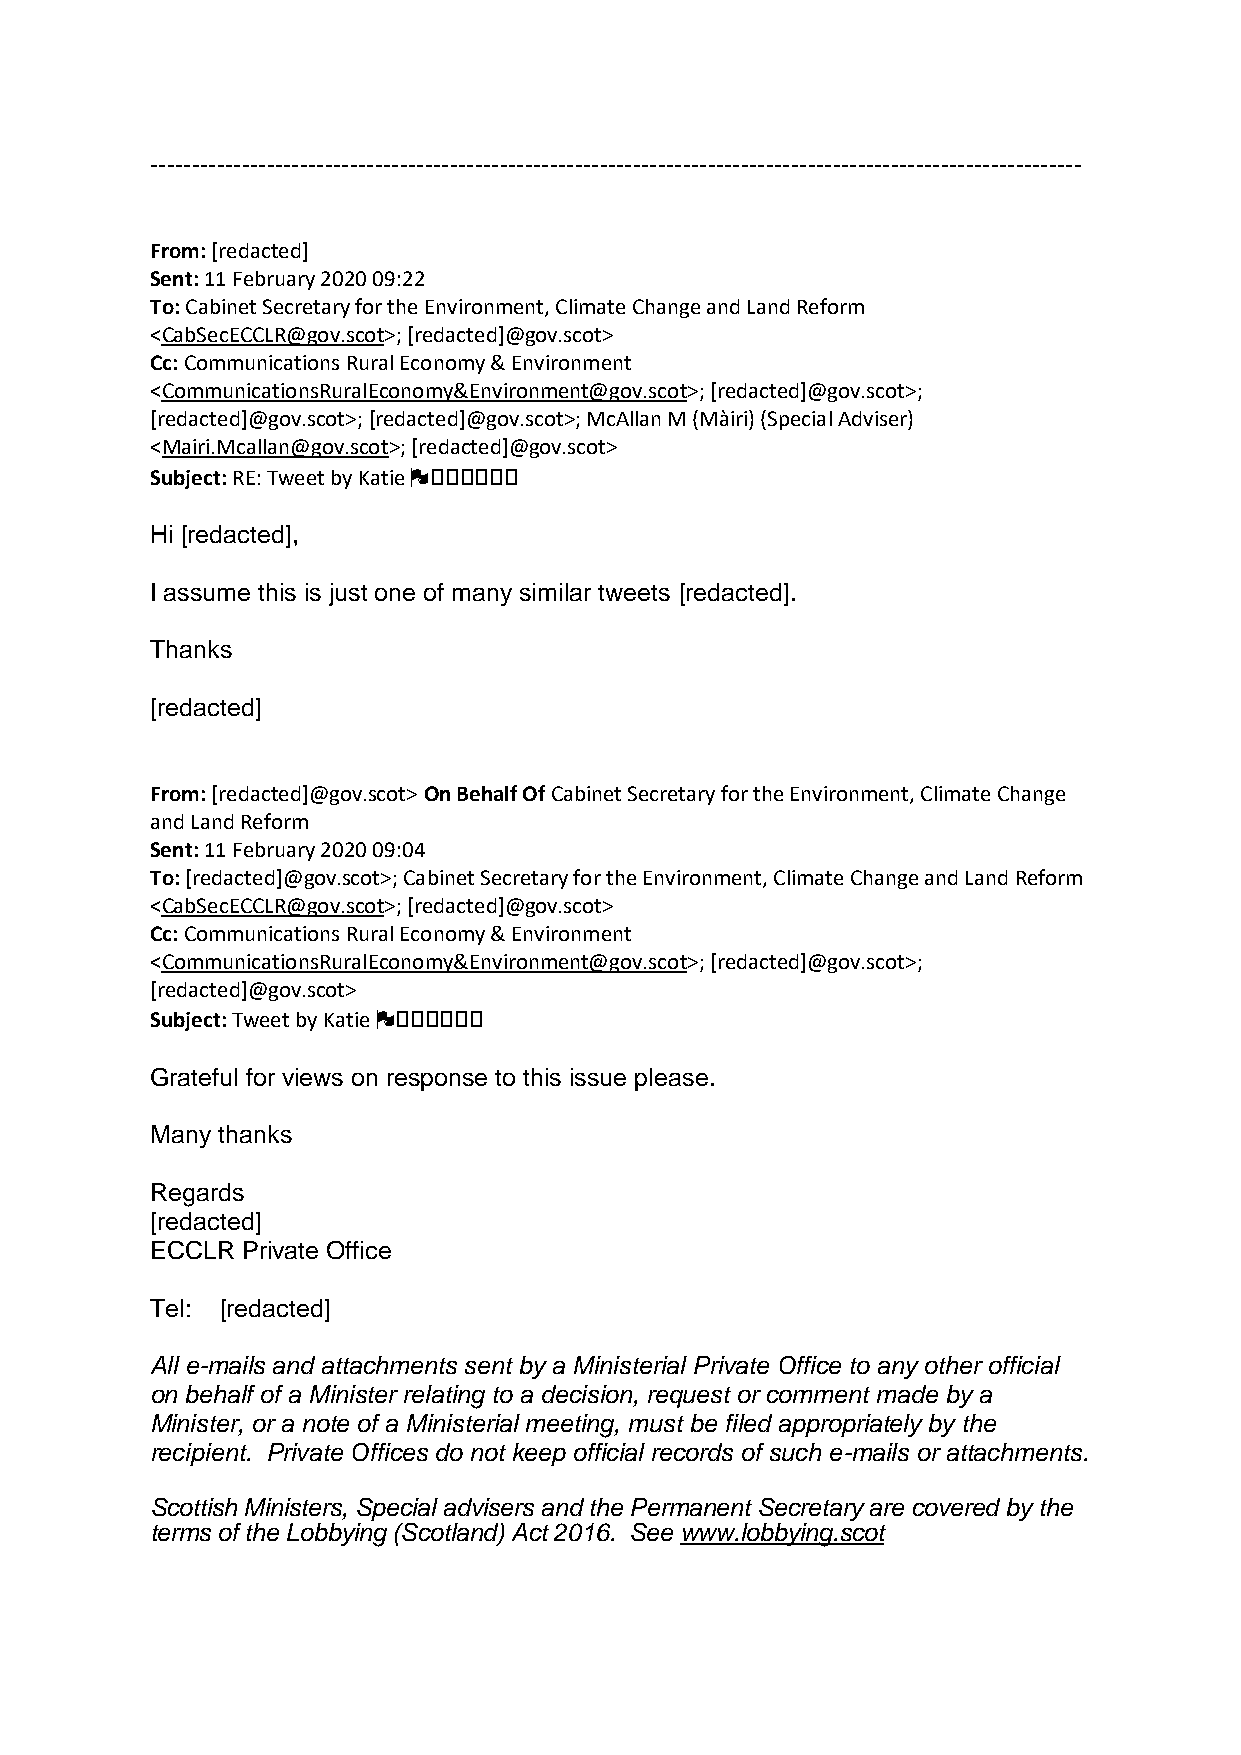
----------------------------------------------------------------------------------------------------------------
 From: [redacted]
 Sent: 11 February 2020 09:22
 To: Cabinet Secretary for the Environment, Climate Change and Land Reform
 <CabSecECCLR@gov.scot>; [redacted]@gov.scot>
 Cc: Communications Rural Economy & Environment
 <CommunicationsRuralEconomy&Environment@gov.scot>; [redacted]@gov.scot>;
 [redacted]@gov.scot>; [redacted]@gov.scot>; McAllan M (Màiri) (Special Adviser)
 <Mairi.Mcallan@gov.scot>; [redacted]@gov.scot>
 Subject: RE: Tweet by Katie 🏴󠁧󠁧󠁧󠁧󠁧󠁧
 Hi [redacted],
 I assume this is just one of many similar tweets [redacted].
 Thanks
 [redacted]
 From: [redacted]@gov.scot> On Behalf Of Cabinet Secretary for the Environment, Climate Change
 and Land Reform
 Sent: 11 February 2020 09:04
 To: [redacted]@gov.scot>; Cabinet Secretary for the Environment, Climate Change and Land Reform
 <CabSecECCLR@gov.scot>; [redacted]@gov.scot>
 Cc: Communications Rural Economy & Environment
 <CommunicationsRuralEconomy&Environment@gov.scot>; [redacted]@gov.scot>;
 [redacted]@gov.scot>
 Subject: Tweet by Katie 🏴󠁧󠁧󠁧󠁧󠁧󠁧
 Grateful for views on response to this issue please.
 Many thanks
 Regards
 [redacted]
 ECCLR Private Office
 Tel: [redacted]
 All e-mails and attachments sent by a Ministerial Private Office to any other official
 on behalf of a Minister relating to a decision, request or comment made by a
 Minister, or a note of a Ministerial meeting, must be filed appropriately by the
 recipient. Private Offices do not keep official records of such e-mails or attachments.
 Scottish Ministers, Special advisers and the Permanent Secretary are covered by the
 terms of the Lobbying (Scotland) Act 2016. See www.lobbying.scot